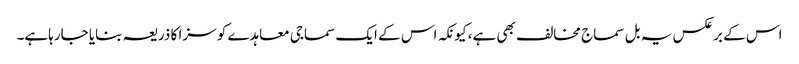
اس کے برعکس یہ بل سماج مخالف بھی ہے، کیونکہ اس کے ایک سماجی معاہدے کو سزا کا ذریعہ بنایا جارہاہے۔